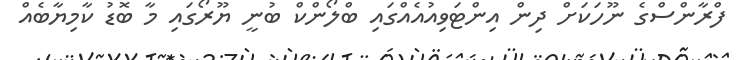
ފްރާންސްގެ ނޫހަކަށް ދިން އިންޓަވިއުއެއްގައި ބްލޯންކް ބުނީ ޔޫރޯގައި މާ ބޮޑު ކާމިޔާބެއް